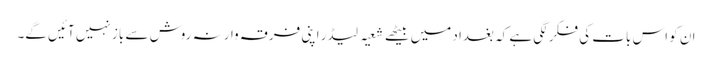
ان کو اس بات کی فکر لگی ہے کہ بغداد میں بیٹھے شعیہ لیڈر اپنی فرقہ وارنہ روش سے باز نہیں آئیں گے۔